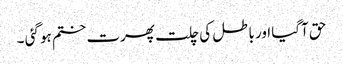
حق آگیا اور باطل کی چلت پھرت ختم ہو گئی ۔